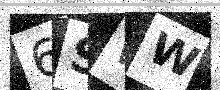
Text: 6SWW